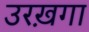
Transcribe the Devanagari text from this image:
उरख़गा